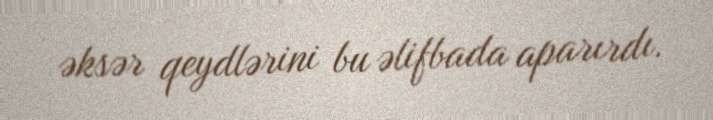
əksər qeydlərini bu əlifbada aparırdı.